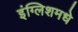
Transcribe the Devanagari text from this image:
इंग्लिशमधे